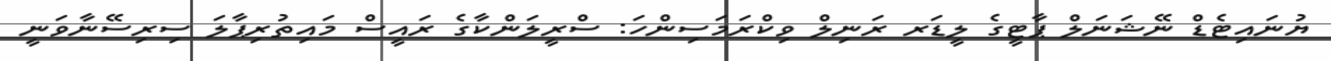
ޔުނައިޓެޑް ނޭޝަނަލް ޕާޓީގެ ލީޑަރ ރަނިލް ވިކްރަމަސިންހަ: ސްރީލަންކާގެ ރައީސް މައިތުރިޕާލަ ސިރިސޭނާވަނީ